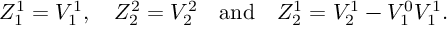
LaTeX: Z _ { 1 } ^ { 1 } = V _ { 1 } ^ { 1 } , \quad Z _ { 2 } ^ { 2 } = V _ { 2 } ^ { 2 } \quad \mathrm { a n d } \quad Z _ { 2 } ^ { 1 } = V _ { 2 } ^ { 1 } - V _ { 1 } ^ { 0 } V _ { 1 } ^ { 1 } .